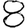
Digit: 8